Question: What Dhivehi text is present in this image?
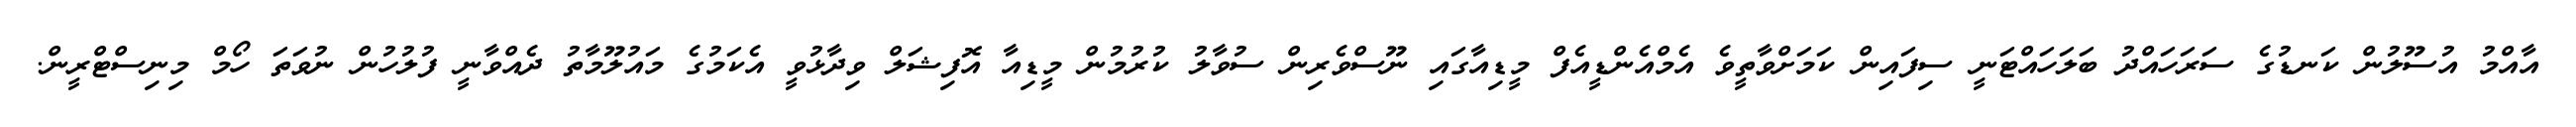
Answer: އާއްމު އުސޫލުން ކަނޑުގެ ސަރަހައްދު ބަލަހައްޓަނީ ސިފައިން ކަމަށްވާތީވެ އެމްއެންޑީއެފް މީޑިއާގައި ނޫސްވެރިން ސުވާލު ކުރުމުން މީޑިއާ އޮފިޝަލް ވިދާޅުވީ އެކަމުގެ މައުލޫމާތު ދެއްވާނީ ފުލުހުން ނުވަތަ ހޯމް މިނިސްޓްރީން.